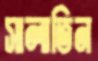
সালাতিন